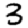
Digit: 3